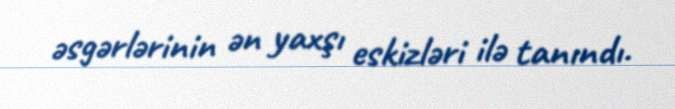
əsgərlərinin ən yaxşı eskizləri ilə tanındı.